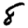
Digit: 8